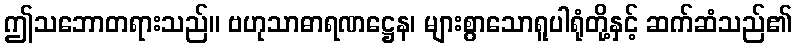
ဤသဘောတရားသည်။ ဗဟုသာဓာရဏဋ္ဌေန၊ များစွာသောရူပါရုံတို့နှင့် ဆက်ဆံသည်၏